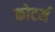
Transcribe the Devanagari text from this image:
कोटर्म